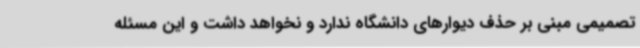
تصمیمی مبنی بر حذف دیوارهای دانشگاه ندارد و نخواهد داشت و این مسئله